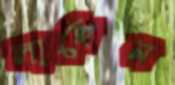
লাগেন